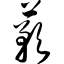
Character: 蓣